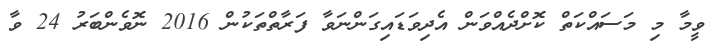
ވީމާ މި މަސައްކަތް ކޮށްދެއްވަން އެދިވަޑައިގަންނަވާ ފަރާތްތަކުން 2016 ނޮވެންބަރު 24 ވާ